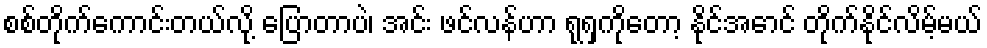
စစ်တိုက်ကောင်းတယ်လို့ ပြောတာပဲ၊ အင်း ဖင်လန်ဟာ ရုရှကိုတော့ နိုင်အောင် တိုက်နိုင်လိမ့်မယ်